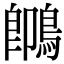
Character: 䳭